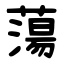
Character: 蕩